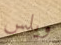
ويلس